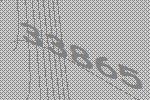
33865